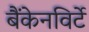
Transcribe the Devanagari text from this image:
बैंकेनविर्टे